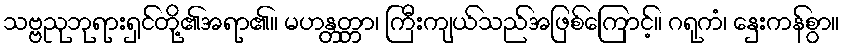
သဗ္ဗညုဘုရားရှင်တို့၏အရာ၏။ မဟန္တတ္တာ၊ ကြီးကျယ်သည်အဖြစ်ကြောင့်။ ဂရုကံ၊ နှေးကန်စွာ။